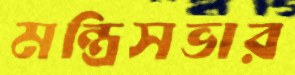
মন্ত্রিসভার